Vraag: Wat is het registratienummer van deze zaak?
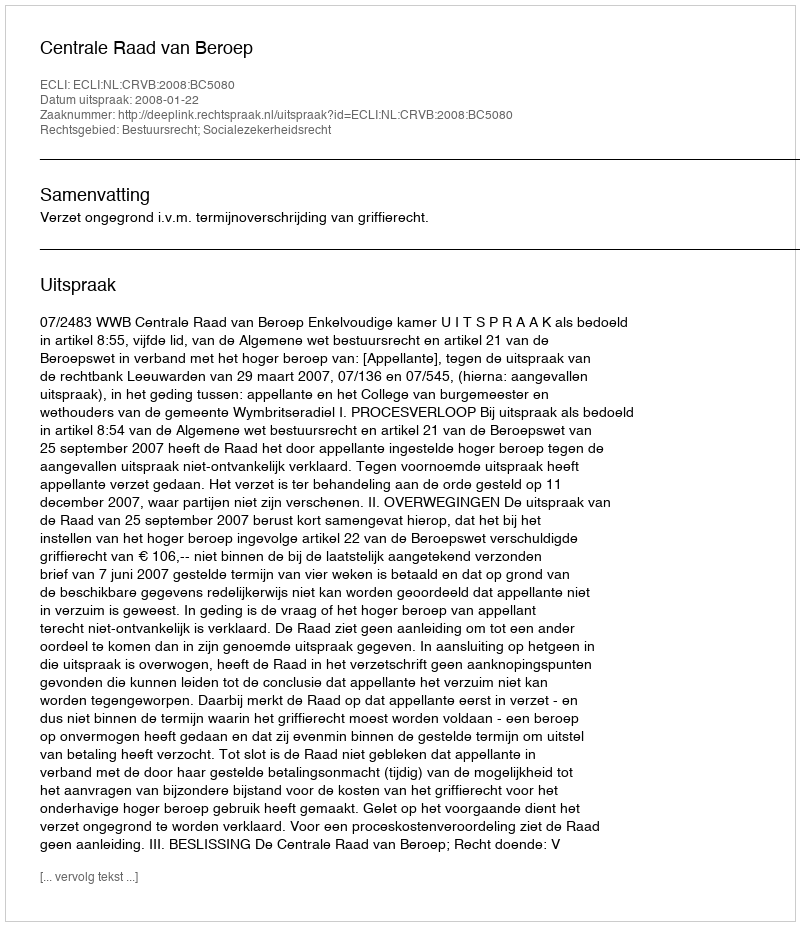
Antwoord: http://deeplink.rechtspraak.nl/uitspraak?id=ECLI:NL:CRVB:2008:BC5080